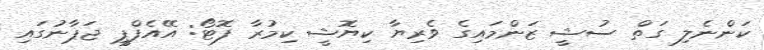
ކަންނެލި ގަތް ސުޝީ ޒަންމައިގެ ވެރިޔާ ކިޔޮޝީ ކިމުރާ ފޮޓޯ: އޭއެފްޕީ ޖަޕާނުގައި